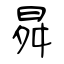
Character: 曻